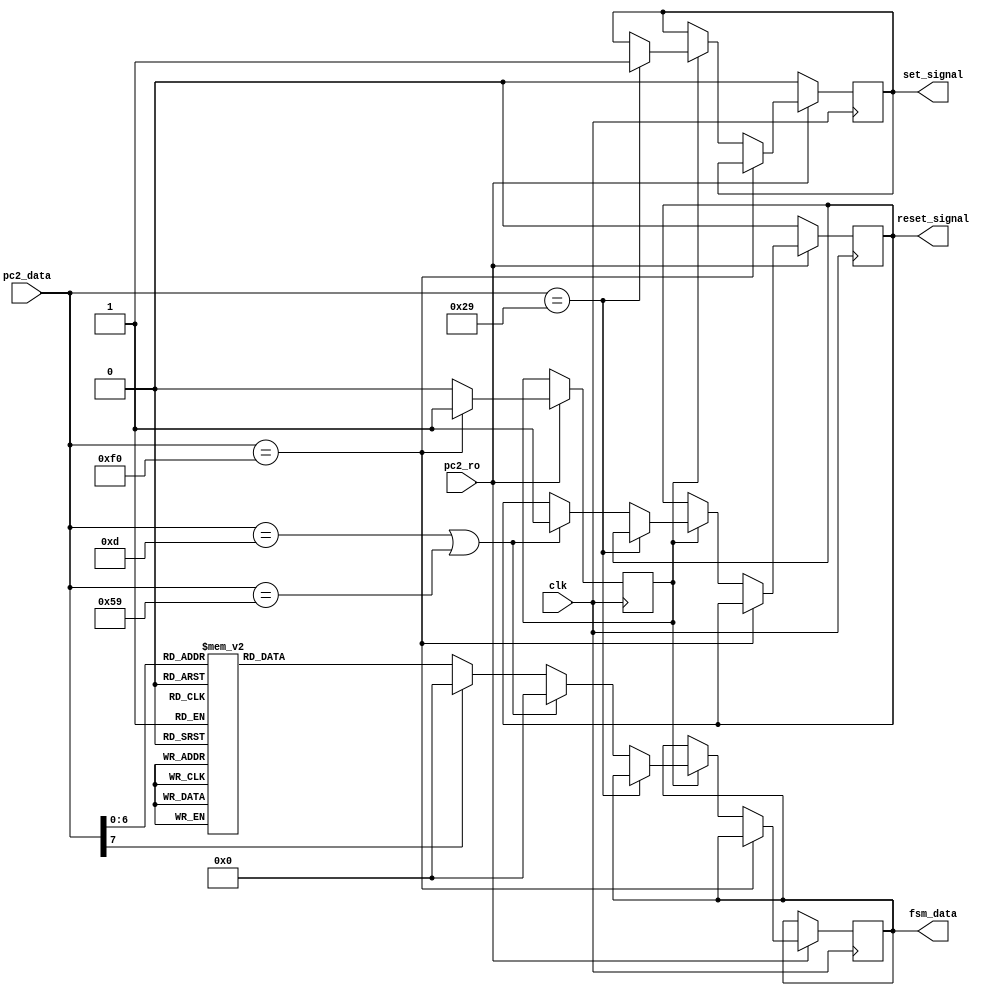
`timescale 1ns / 1ps

module DC_pc2 (input clk, input [7:0] pc2_data, input pc2_ro, output reg [7:0] fsm_data, output reg set_signal, output reg reset_signal); 

reg flag; // ,   ,    

parameter [7:0]
	releas = 8'hf0, //  
	s_key = 8'h29, //    (set) 
	r_key = 8'h0D, //     (reset)
	re_key = 8'h59; //   shift- (reset)

reg [7:0] dc; //  

initial
begin
    fsm_data = 8'b0; // / ,        
    flag = 0; 
    set_signal = 0;
    reset_signal = 0;
    dc = 8'b0;
end

always @(*)
begin
    case (pc2_data)
    //  dc     
        8'h15: dc <= 8'h15; // q
        8'h1D: dc <= 8'h1D; // w
        8'h24: dc <= 8'h24; // e
        8'h2D: dc <= 8'h2D; // r
        8'h2C: dc <= 8'h2C; // t
        8'h35: dc <= 8'h35; // y
        8'h3C: dc <= 8'h3C; // u
        8'h43: dc <= 8'h43; // i
        8'h44: dc <= 8'h44; // o
        8'h4D: dc <= 8'h4D; // p
        8'h1C: dc <= 8'h1C; // a
        8'h1B: dc <= 8'h1B; // s
        8'h23: dc <= 8'h23; // d
        8'h2B: dc <= 8'h2B; // f
        8'h34: dc <= 8'h34; // g
        8'h33: dc <= 8'h33; // h
        8'h3B: dc <= 8'h3B; // j
        8'h42: dc <= 8'h42; // k
        8'h4B: dc <= 8'h4B; // l
        8'h1A: dc <= 8'h1A; // z
        8'h22: dc <= 8'h22; // x
        8'h21: dc <= 8'h21; // c
        8'h2A: dc <= 8'h2A; // v
        8'h32: dc <= 8'h32; // b
        8'h31: dc <= 8'h31; // n
        8'h3A: dc <= 8'h3A; // m
        8'h5A: dc <= 8'h5A; // enter
        8'h45: dc <= 8'h45; // 0
        8'h16: dc <= 8'h16; // 1
        8'h1E: dc <= 8'h1E; // 2
        8'h26: dc <= 8'h26; // 3
        8'h25: dc <= 8'h25; // 4
        8'h2E: dc <= 8'h2E; // 5
        8'h36: dc <= 8'h36; // 6
        8'h3D: dc <= 8'h3D; // 7
        8'h3E: dc <= 8'h3E; // 8
        8'h46: dc <= 8'h46; // 9
        8'h41: dc <= 8'h41; // ,
        8'h49: dc <= 8'h49; // .
        8'h4A: dc <= 8'h4A; // /
        8'h4C: dc <= 8'h4C; // ;
        8'h52: dc <= 8'h52; // '
        8'h4E: dc <= 8'h4E; // -
        8'h55: dc <= 8'h55; // =
        8'h54: dc <= 8'h54; // [
        8'h5B: dc <= 8'h5B; // ]
        8'h5D: dc <= 8'h5D; // \
        //  47   + tab + shift + 
        default: dc <= 0;
    endcase
end

always @(posedge clk)
begin
	if (pc2_ro)
	begin
		if (pc2_data == releas) flag <= 1;
		//    ,       
		else if (flag)
		begin
			flag <= 0;
			if (pc2_data == s_key)
                set_signal <= 1;
			else if ((pc2_data == r_key) || (pc2_data == re_key))
			begin
				reset_signal <= 1;
				fsm_data <= 0;
			end
			else fsm_data <= dc;
		end
	end
	else
	begin
	   set_signal <= 0;
	   reset_signal <= 0;
	end
end

endmodule